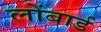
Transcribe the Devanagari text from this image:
लोंबार्ड